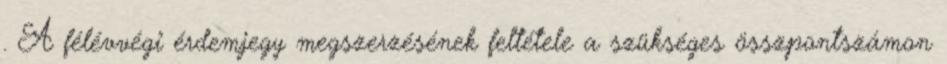
. A félévvégi érdemjegy megszerzésének feltétele a szükséges összpontszámon